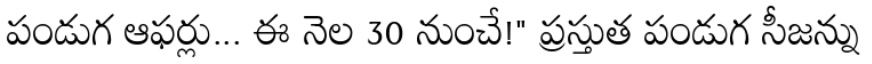
పండుగ ఆఫర్లు... ఈ నెల 30 నుంచే!" ప్రస్తుత పండుగ సీజన్ను